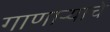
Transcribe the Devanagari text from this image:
गाणार्‍याचे